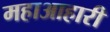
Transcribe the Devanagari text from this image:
महाआहारी